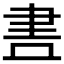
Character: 𮌃